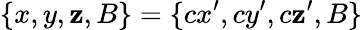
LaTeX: \{ x,y,\mathbf{z},B\} =\{ cx^{\prime},cy^{\prime},c\mathbf{z}^{\prime},B\}